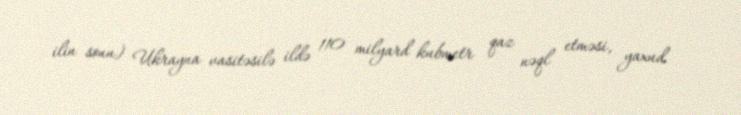
ilin sonu) Ukrayna vasitəsilə ildə 110 milyard kubmetr qaz nəql etməsi, yaxud